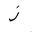
Letter: _zay